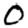
Digit: 0